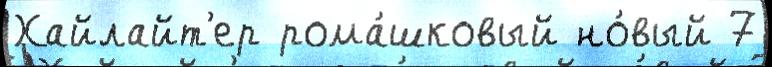
Хайлайт'ер рома́шковый но́вый 7